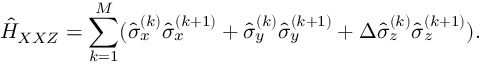
\hat { H } _ { X X Z } = \sum _ { k = 1 } ^ { M } ( \hat { \sigma } _ { x } ^ { ( k ) } \hat { \sigma } _ { x } ^ { ( k + 1 ) } + \hat { \sigma } _ { y } ^ { ( k ) } \hat { \sigma } _ { y } ^ { ( k + 1 ) } + \Delta \hat { \sigma } _ { z } ^ { ( k ) } \hat { \sigma } _ { z } ^ { ( k + 1 ) } ) .